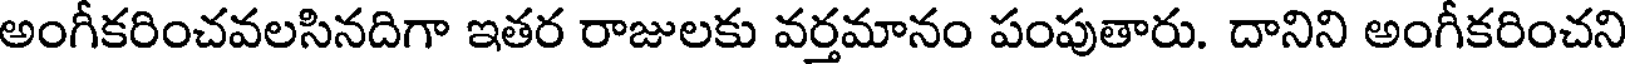
అంగీకరించవలసినదిగా ఇతర రాజులకు వర్తమానం పంపుతారు. దానిని అంగీకరించని